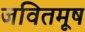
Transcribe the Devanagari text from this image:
जवितमूष